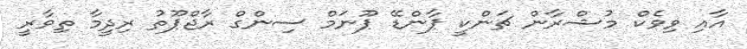
އާއި ވިވެކް މުޝްރާން ޗަންކީ ޕާންޑޭ ޕޫނަމް ސިންގް ރާޖްޕޫތު ރިދީމާ ތިވާރީ